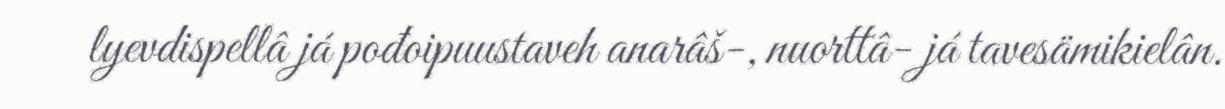
lyevdispellâ já pođoipuustaveh anarâš-, nuorttâ- já tavesämikielân.